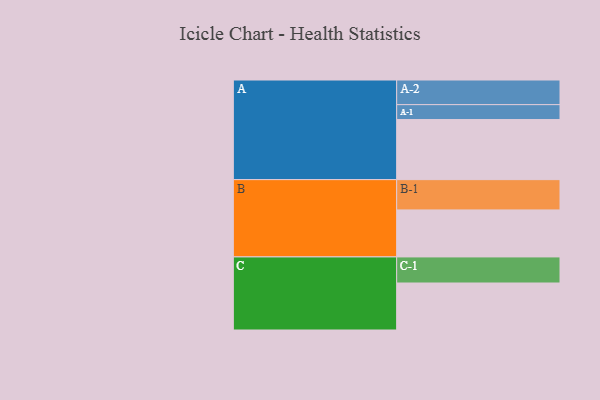
{"axis": {"x": "Segment", "y": "Value"}, "legend": ["", "A", "B", "C"], "data": [{"x": "A", "y": 500, "type": ""}, {"x": "B", "y": 391, "type": ""}, {"x": "C", "y": 391, "type": ""}, {"x": "A-1", "y": 124, "type": "A"}, {"x": "A-2", "y": 205, "type": "A"}, {"x": "B-1", "y": 252, "type": "B"}, {"x": "C-1", "y": 217, "type": "C"}]}